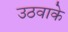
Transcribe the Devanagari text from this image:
उठवाके